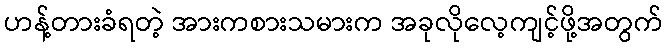
ဟန့်တားခံရတဲ့ အားကစားသမားက အခုလိုလေ့ကျင့်ဖို့အတွက်